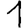
Digit: 1